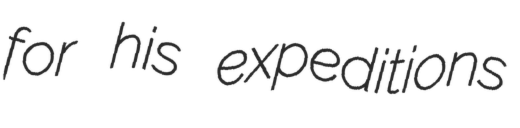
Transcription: for his expeditions